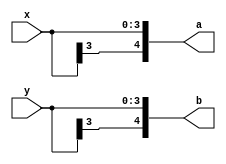
module sgn_ext(x,y,a,b);

input [3:0] x, y;
output [4:0] a, b;

assign a[2:0] = x[2:0];
assign a[3] = x[3];
assign a[4] = x[3];

assign b[2:0] = y[2:0];
assign b[3] = y[3];
assign b[4] = y[3];

endmodule